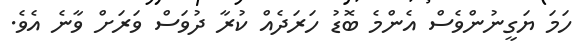
ހަމަ ޔަގީނުންވެސް އެންމެ ބޮޑު ހަރަދެއް ކުރާ ދުވަސް ވަރަށް ވާނެ އެވެ.